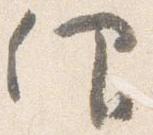
仰